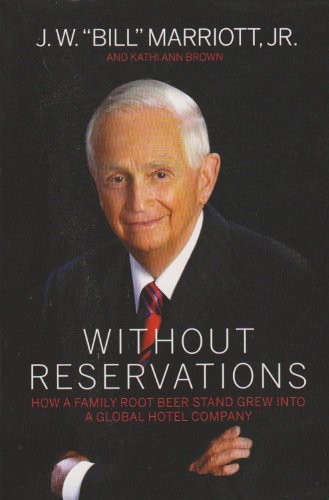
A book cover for Without Reservations: How a Family Root Beer Stand Grew into a Global Hotel Company; J.W. "Bill" Marriott  Jr.; Cookbooks, Food & Wine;